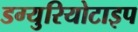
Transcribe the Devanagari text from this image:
डग्युरियोटाइप